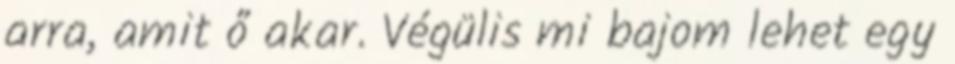
arra, amit ő akar. Végülis mi bajom lehet egy